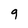
Character: 9